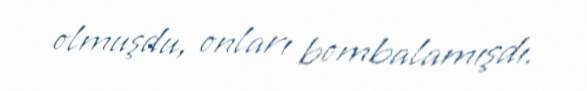
olmuşdu, onları bombalamışdı.